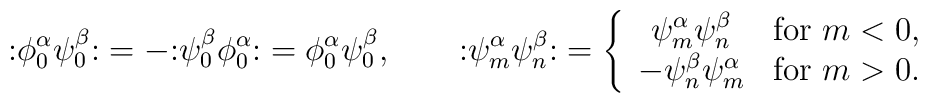
\mathopen: \phi^\alpha_0 \psi^\beta_0 \mathclose: =  -\mathopen: \psi^\beta_0 \phi^\alpha_0 \mathclose: =  \phi^\alpha_0 \psi^\beta_0, \qquad  \mathopen: \psi^\alpha_m \psi^\beta_n \mathclose: =  \left\{    \begin{array}{cl}      \psi^\alpha_m \psi^\beta_n & \hbox{for $m<0$}, \\      -\psi^\beta_n \psi^\alpha_m & \hbox{for $m>0$}.    \end{array}  \right.